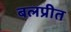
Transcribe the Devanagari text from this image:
बलप्रीत